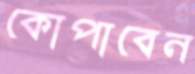
কোপাবেন